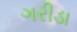
ગરીડા